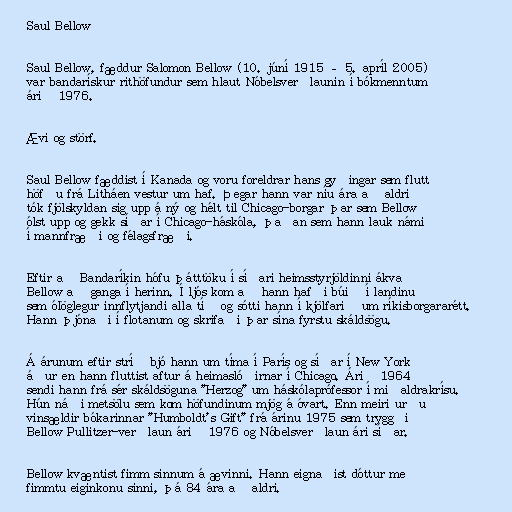
Saul Bellow

Saul Bellow, fæddur Salomon Bellow (10. júní 1915 – 5. apríl 2005)
var bandarískur rithöfundur sem hlaut Nóbelsverðlaunin í bókmenntum
árið 1976.

Ævi og störf.

Saul Bellow fæddist í Kanada og voru foreldrar hans gyðingar sem flutt
höfðu frá Litháen vestur um haf. Þegar hann var níu ára að aldri
tók fjölskyldan sig upp á ný og hélt til Chicago-borgar þar sem Bellow
ólst upp og gekk síðar í Chicago-háskóla, þaðan sem hann lauk námi
í mannfræði og félagsfræði.

Eftir að Bandaríkin hófu þátttöku í síðari heimsstyrjöldinni ákvað
Bellow að ganga í herinn. Í ljós kom að hann hafði búið í landinu
sem ólöglegur innflytjandi alla tíð og sótti hann í kjölfarið um ríkisborgararétt.
Hann þjónaði í flotanum og skrifaði þar sína fyrstu skáldsögu.

Á árunum eftir stríð bjó hann um tíma í París og síðar í New York
áður en hann fluttist aftur á heimaslóðirnar í Chicago. Árið 1964
sendi hann frá sér skáldsöguna "Herzog" um háskólaprófessor í miðaldrakrísu.
Hún náði metsölu sem kom höfundinum mjög á óvart. Enn meiri urðu
vinsældir bókarinnar "Humboldt's Gift" frá árinu 1975 sem tryggði
Bellow Pullitzer-verðlaun árið 1976 og Nóbelsverðlaun ári síðar.

Bellow kvæntist fimm sinnum á ævinni. Hann eignaðist dóttur með
fimmtu eiginkonu sinni, þá 84 ára að aldri.